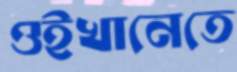
ওইখানেতে